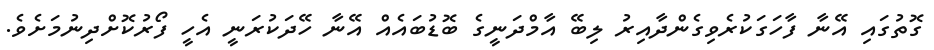
ގޮތުގައި އޭނާ ފާހަގަކުރެވިގެންދާއިރު ލިބޭ އާމްދަނީގެ ބޮޑުބައެއް އޭނާ ހޭދަކުރަނީ އެހީ ފޯރުކޮށްދިނުމަށެވެ.